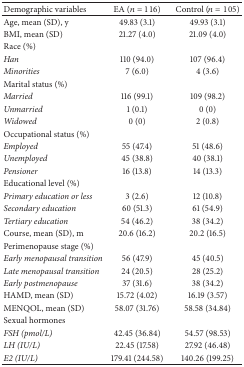
<table><thead><tr><td><b>Demographic variables</b></td><td><b>EA (<i>n</i> = 116)</b></td><td><b>Control (<i>n</i> = 105)</b></td></tr></thead><tbody><tr><td>Age, mean (SD), y</td><td>49.83 (3.1)</td><td>49.93 (3.1)</td></tr><tr><td>BMI, mean (SD)</td><td>21.27 (4.0)</td><td>21.09 (4.0)</td></tr><tr><td>Race (%)</td><td> </td><td> </td></tr><tr><td><i>Han</i></td><td>110 (94.0)</td><td>107 (96.4)</td></tr><tr><td><i>Minorities</i></td><td>7 (6.0)</td><td>4 (3.6)</td></tr><tr><td>Marital status (%)</td><td> </td><td> </td></tr><tr><td><i>Married</i></td><td>116 (99.1)</td><td>109 (98.2)</td></tr><tr><td><i>Unmarried</i></td><td>1 (0.1)</td><td>0 (0)</td></tr><tr><td><i>Widowed</i></td><td>0 (0)</td><td>2 (0.8)</td></tr><tr><td>Occupational status (%)</td><td> </td><td> </td></tr><tr><td><i>Employed</i></td><td>55 (47.4)</td><td>51 (48.6)</td></tr><tr><td><i>Unemployed</i></td><td>45 (38.8)</td><td>40 (38.1)</td></tr><tr><td><i>Pensioner</i></td><td>16 (13.8)</td><td>14 (13.3)</td></tr><tr><td>Educational level (%)</td><td> </td><td> </td></tr><tr><td><i>Primary education or less</i></td><td>3 (2.6)</td><td>12 (10.8)</td></tr><tr><td><i>Secondary education</i></td><td>60 (51.3)</td><td>61 (54.9)</td></tr><tr><td><i>Tertiary education</i></td><td>54 (46.2)</td><td>38 (34.2)</td></tr><tr><td>Course, mean (SD), m</td><td>20.6 (16.2)</td><td>20.2 (16.5)</td></tr><tr><td>Perimenopause stage (%)</td><td> </td><td> </td></tr><tr><td><i>Early menopausal transition</i></td><td>56 (47.9)</td><td>45 (40.5)</td></tr><tr><td><i>Late menopausal transition</i></td><td>24 (20.5)</td><td>28 (25.2)</td></tr><tr><td><i>Early postmenopause</i></td><td>37 (31.6)</td><td>38 (34.2)</td></tr><tr><td>HAMD, mean (SD)</td><td>15.72 (4.02)</td><td>16.19 (3.57)</td></tr><tr><td>MENQOL, mean (SD)</td><td>58.07 (31.76)</td><td>58.58 (34.84)</td></tr><tr><td>Sexual hormones</td><td> </td><td> </td></tr><tr><td><i>FSH (pmol/L)</i></td><td>42.45 (36.84)</td><td>54.57 (98.53)</td></tr><tr><td><i>LH (IU/L)</i></td><td>22.45 (17.58)</td><td>27.92 (46.48)</td></tr><tr><td><i>E2 (IU/L)</i></td><td>179.41 (244.58)</td><td>140.26 (199.25)</td></tr></tbody></table>